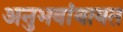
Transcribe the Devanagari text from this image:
अनुभवांबाबत